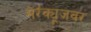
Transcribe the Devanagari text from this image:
सेरॅक्यूजवर